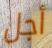
أجل